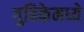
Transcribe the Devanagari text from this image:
गुहिकेमध्ये